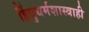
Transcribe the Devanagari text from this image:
हिंधुधर्मशास्त्राही